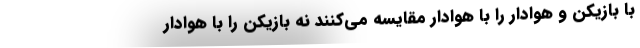
با بازیکن و هوادار را با هوادار مقایسه می‌کنند نه بازیکن را با هوادار